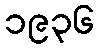
၁၉၃၆